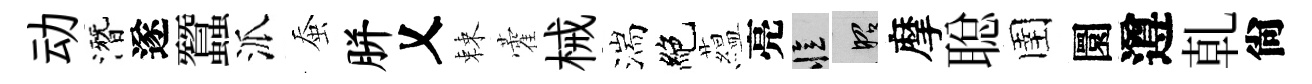
动潛遂蠶派蚕胼乂棘藿械湍絶藴亮忆昭摩聪圉圜遵乹尙